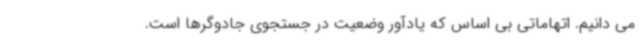
می دانیم. اتهاماتی بی اساس که یادآور وضعیت در جستجوی جادوگرها است.